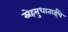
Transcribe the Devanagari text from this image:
स्नेहसुधाताईंचे